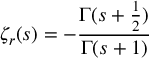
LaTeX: \zeta _ { r } ( s ) = - { \frac { \Gamma ( s + { \frac { 1 } { 2 } } ) } { \Gamma ( s + 1 ) } }